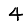
Digit: 4